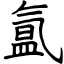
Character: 氲